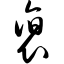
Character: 裒